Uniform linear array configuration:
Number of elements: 32
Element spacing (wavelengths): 0.25
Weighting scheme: blackman
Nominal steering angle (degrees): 60
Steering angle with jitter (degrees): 61.41
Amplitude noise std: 0.05
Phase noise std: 0.05

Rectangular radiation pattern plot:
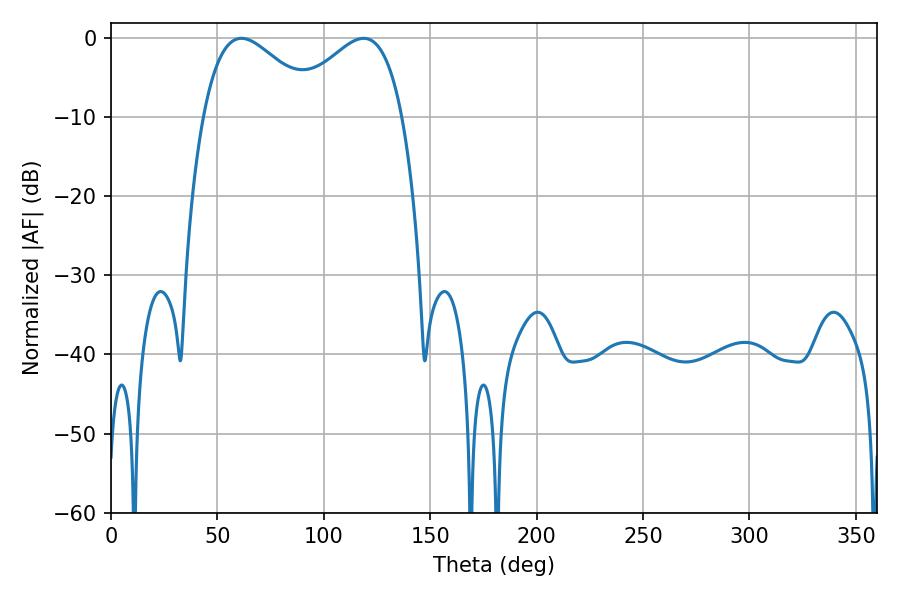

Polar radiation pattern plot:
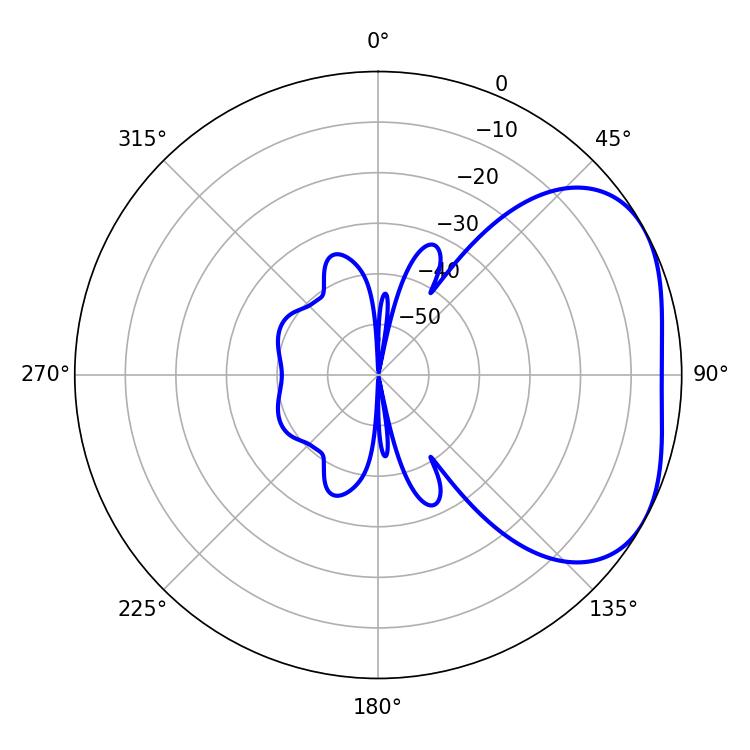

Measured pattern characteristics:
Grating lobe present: FALSE
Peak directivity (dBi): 3.31
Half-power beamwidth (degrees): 29.34
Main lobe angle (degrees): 61.2